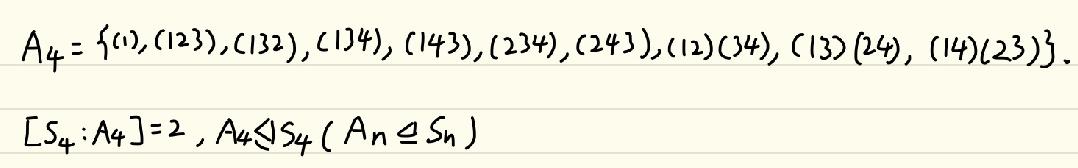
\[
A_4 = \{ (1), (123), (132), (134), (143), (234), (243), (12)(34), (13)(24), (14)(23) \}
\]
\[
[S_4 : A_4] = 2, A_4 \triangleleft S_4 ( A_n \triangleleft S_n )
\]